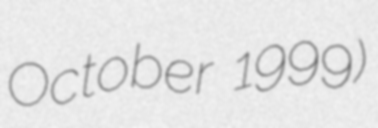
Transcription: October 1999)